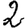
Digit: 2